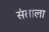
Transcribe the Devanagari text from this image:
संताला